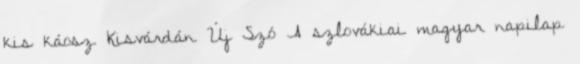
kis káosz Kisvárdán Új Szó A szlovákiai magyar napilap